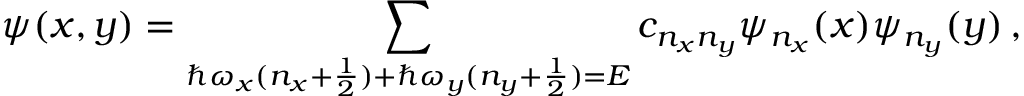
\psi ( x , y ) = \sum _ { \hbar \omega _ { x } ( n _ { x } + \frac { 1 } { 2 } ) + \hbar \omega _ { y } ( n _ { y } + \frac { 1 } { 2 } ) = E } c _ { n _ { x } n _ { y } } \psi _ { n _ { x } } ( x ) \psi _ { n _ { y } } ( y ) \, ,